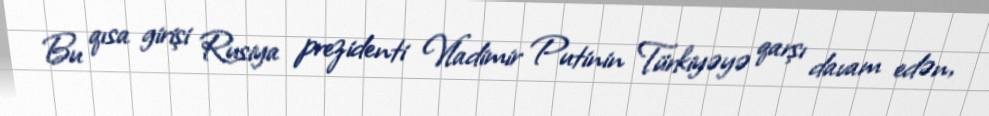
Bu qısa girişi Rusiya prezidenti Vladimir Putinin Türkiyəyə qarşı davam edən,